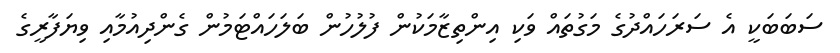
ސަބަބަކީ އެ ސަރަހައްދުގެ މަގުތައް ވަކި އިންތިޒާމަކުން ފުލުހުން ބަލަހައްޓަމުން ގެންދިއުމާއި ވިޔަފާރީގެ